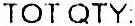
TOT QTY: